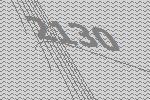
2130